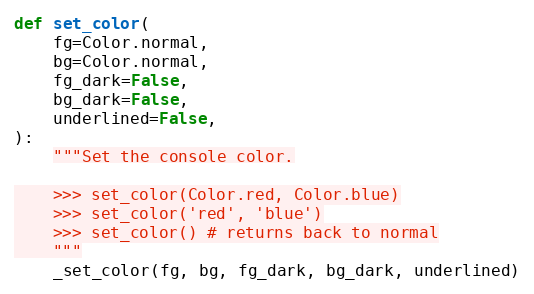
Language: Python
def set_color(
    fg=Color.normal,
    bg=Color.normal,
    fg_dark=False,
    bg_dark=False,
    underlined=False,
):
    """Set the console color.

    >>> set_color(Color.red, Color.blue)
    >>> set_color('red', 'blue')
    >>> set_color() # returns back to normal
    """
    _set_color(fg, bg, fg_dark, bg_dark, underlined)